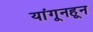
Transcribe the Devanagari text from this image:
यांगूनहून